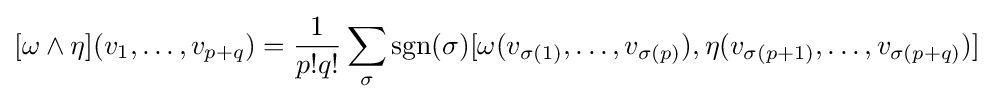
[\omega \wedge \eta ](v_{1},\dotsc ,v_{p+q})={1 \over p!q!}\sum _{\sigma }\operatorname {sgn} (\sigma )[\omega (v_{\sigma (1)},\dotsc ,v_{\sigma (p)}),\eta (v_{\sigma (p+1)},\dotsc ,v_{\sigma (p+q)})]